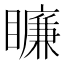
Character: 𥋲